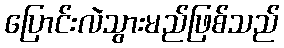
ပြောင်းလဲသွားမည်ဖြစ်သည်